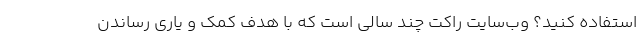
استفاده کنید؟ وب‌سایت راکت چند سالی است که با هدف کمک و یاری رساندن